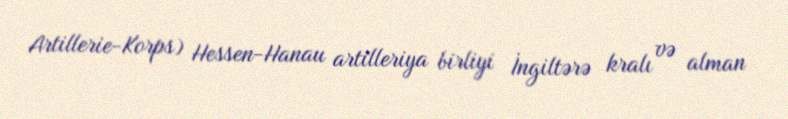
Artillerie-Korps) Hessen-Hanau artilleriya birliyi İngiltərə kralı və alman